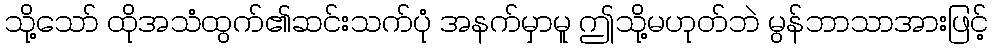
သို့သော် ထိုအသံထွက်၏ဆင်းသက်ပုံ အနက်မှာမူ ဤသို့မဟုတ်ဘဲ မွန်ဘာသာအားဖြင့်